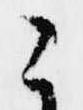
こ